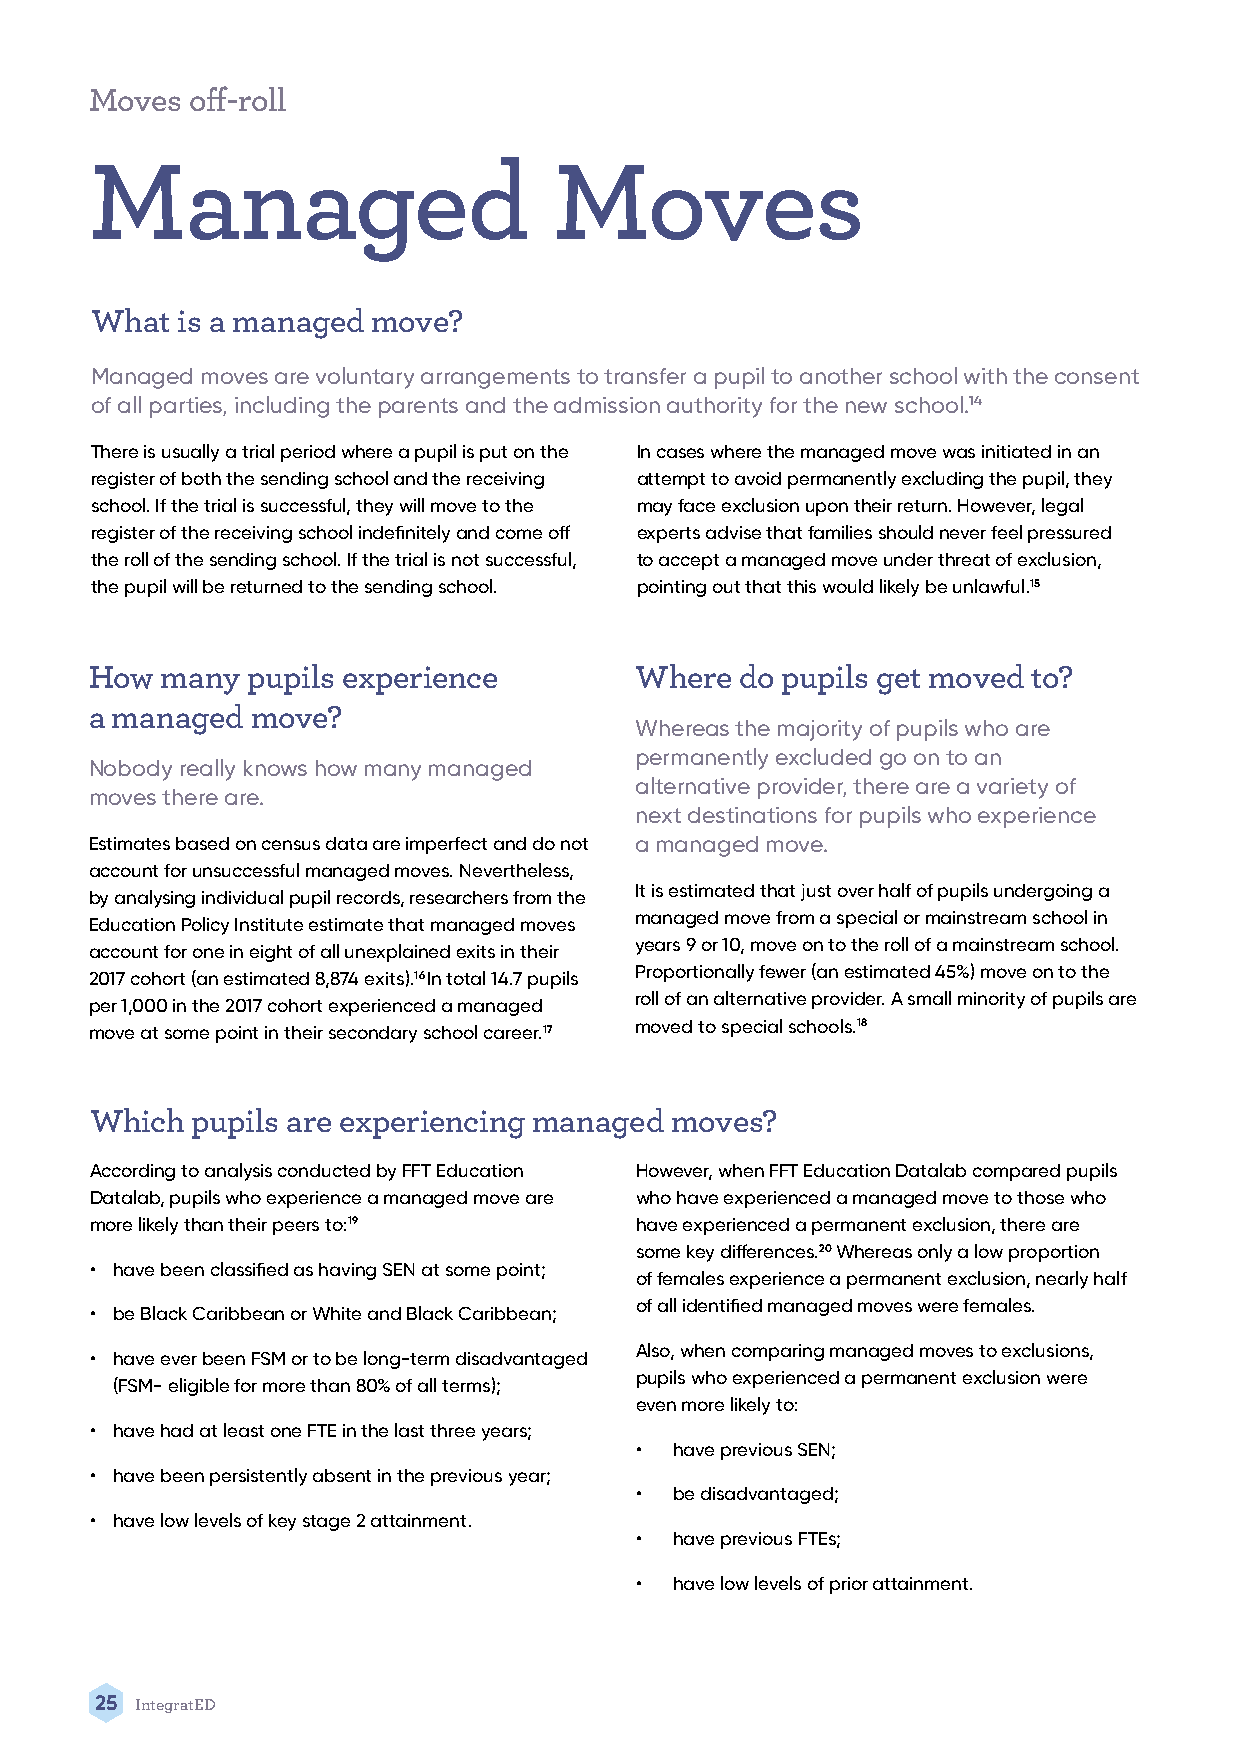
Moves  off-roll
 Managed                        Moves
 What  is a managed move?
 Managed moves are voluntary arrangements to transfer a pupil to another school with the consent
 of all parties, including the parents and the admission authority for the new school.14
 There is usually a trial period where a pupil is put on the In cases where the managed move was initiated in an
 register of both the sending school and the receiving attempt to avoid permanently excluding the pupil, they
 school. If the trial is successful, they will move to the may face exclusion upon their return. However, legal
 register of the receiving school indefinitely and come off experts advise that families should never feel pressured
 the roll of the sending school. If the trial is not successful, to accept a managed move under threat of exclusion,
 the pupil will be returned to the sending school. pointing out that this would likely be unlawful.15
 How  many pupils experience         Where  do pupils get moved to?
 a managed  move?
 Whereas the majority of pupils who are
 permanently excluded go on to an
 Nobody really knows how many managed
 alternative provider, there are a variety of
 moves there are.
 next destinations for pupils who experience
 Estimates based on census data are imperfect and do not a managed move.
 account for unsuccessful managed moves. Nevertheless,
 It is estimated that just over half of pupils undergoing a
 by analysing individual pupil records, researchers from the
 managed move from a special or mainstream school in
 Education Policy Institute estimate that managed moves
 years 9 or 10, move on to the roll of a mainstream school.
 account for one in eight of all unexplained exits in their
 Proportionally fewer (an estimated 45%) move on to the
 2017 cohort (an estimated 8,874 exits).16 In total 14.7 pupils
 roll of an alternative provider. A small minority of pupils are
 per 1,000 in the 2017 cohort experienced a managed
 moved to special schools.18
 move at some point in their secondary school career.17
 Which  pupils are experiencing managed moves?
 According to analysis conducted by FFT Education However, when FFT Education Datalab compared pupils
 Datalab, pupils who experience a managed move are who have experienced a managed move to those who
 more likely than their peers to:19  have experienced a permanent exclusion, there are
 some key differences.20 Whereas only a low proportion
 • have been classified as having SEN at some point;
 of females experience a permanent exclusion, nearly half
 of all identified managed moves were females.
 • be Black Caribbean or White and Black Caribbean;
 Also, when comparing managed moves to exclusions,
 • have ever been FSM or to be long-term disadvantaged
 pupils who experienced a permanent exclusion were
 (FSM- eligible for more than 80% of all terms);
 even more likely to:
 • have had at least one FTE in the last three years;
 •  have previous SEN;
 • have been persistently absent in the previous year;
 •  be disadvantaged;
 • have low levels of key stage 2 attainment.
 •  have previous FTEs;
 •  have low levels of prior attainment.
 25 IntegratED